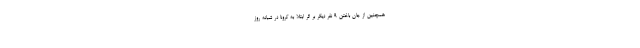
همچنین از جان باختن 9 نفر دیگر بر اثر ابتلا به کرونا در شبانه روز